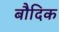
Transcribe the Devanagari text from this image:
बौदिक